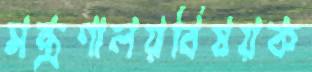
মন্ত্রণালয়বিষয়ক